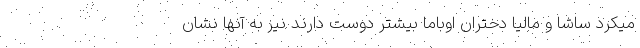
میکرد ساشا و مالیا دختران اوباما بیشتر دوست دارند نیز به آنها نشان